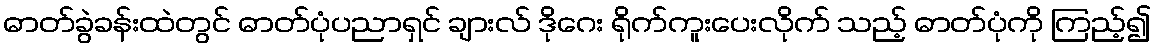
ဓာတ်ခွဲခန်းထဲတွင် ဓာတ်ပုံပညာရှင် ချားလ် ဒိုဂေး ရိုက်ကူးပေးလိုက် သည့် ဓာတ်ပုံကို ကြည့်၍